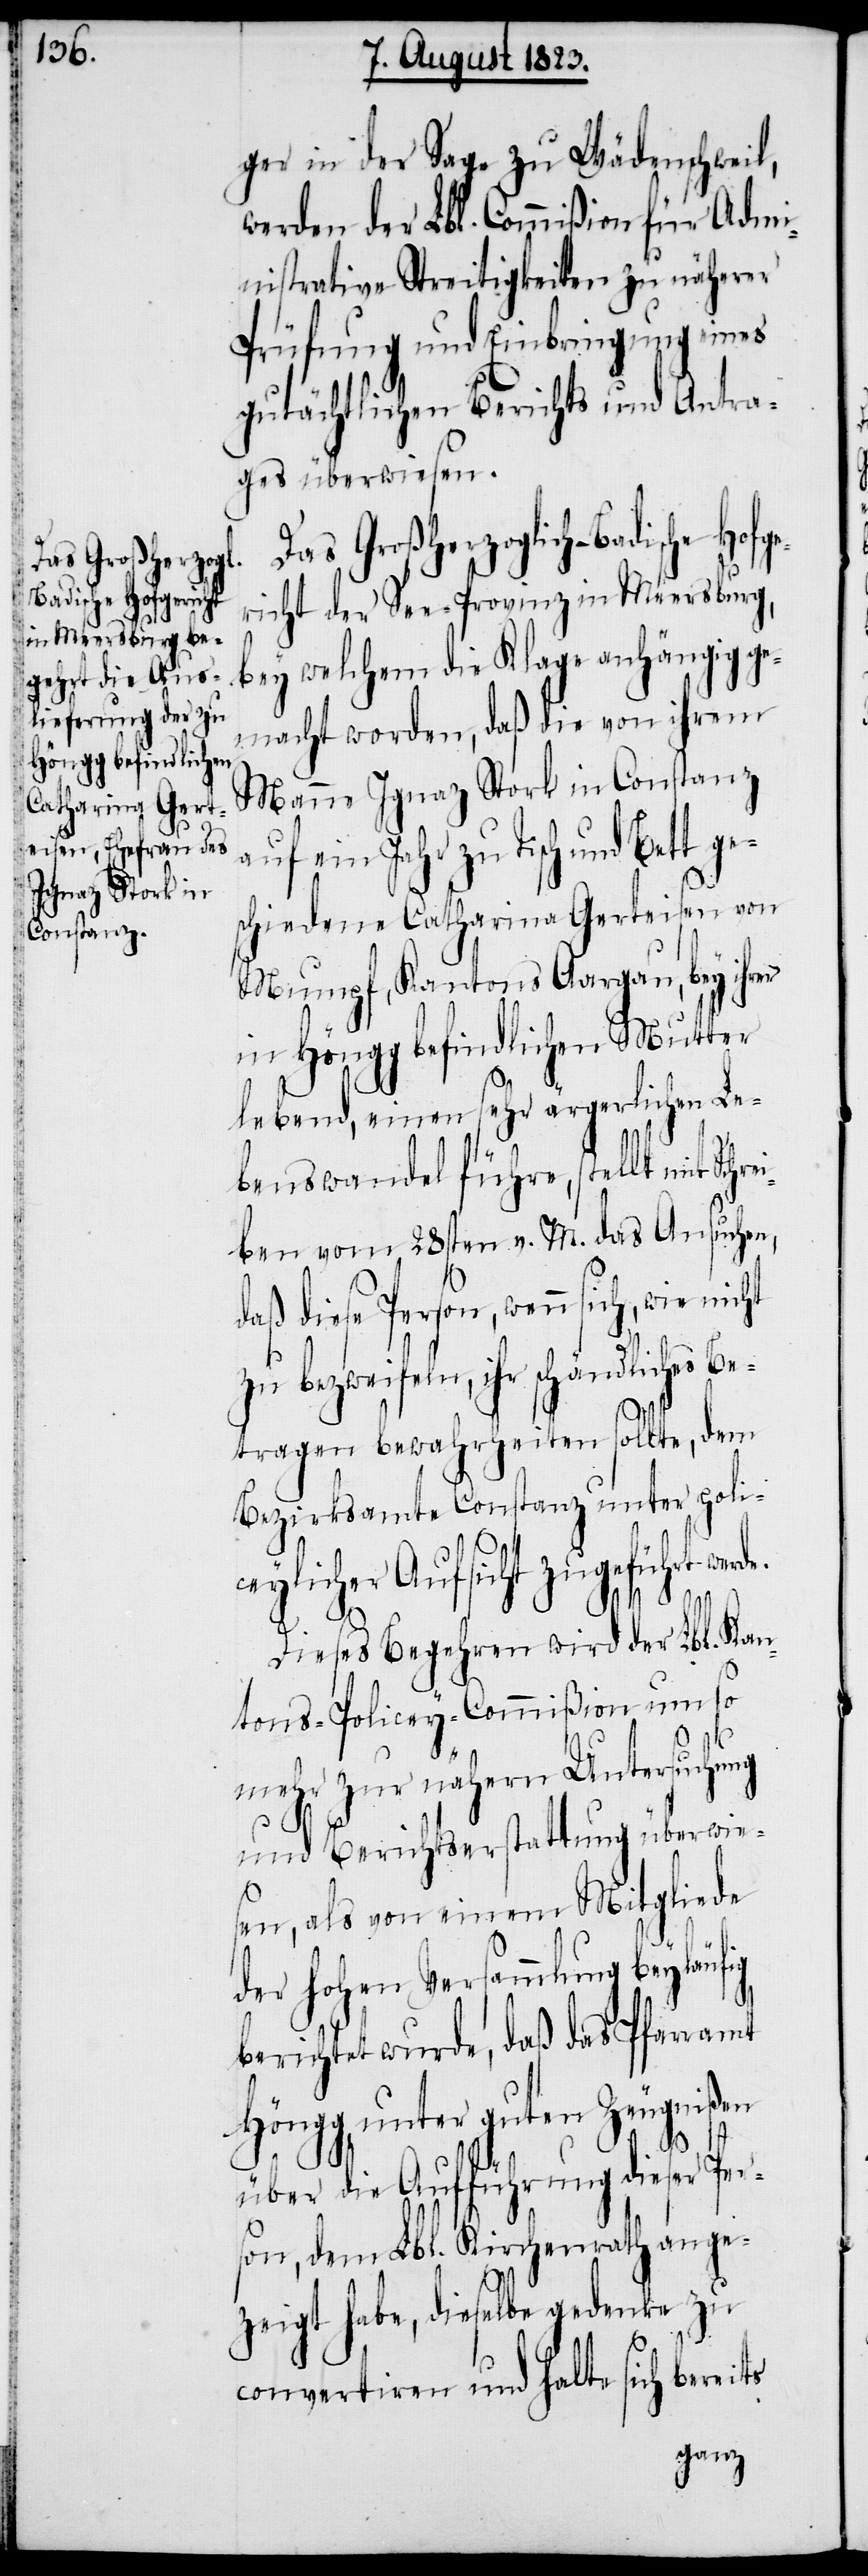
ger in der Sage zu Wädenschweil,
werden der Lbl. Commißion für Admi¬
nistrative Streitigkeiten zu näherer
Prüfung und Einbringung eines
gutächtlichen Berichts und Antra¬
ges überwiesen.
Das Großherzoglich-Badische Hofg¬
ericht der See-Provinz in Meersburg,
bey welchem die Klage anhängig ge¬
macht worden, daß die von ihrem
Manne Ignaz Stork in Constanz
auf ein Jahr zu Tisch und Be¬
chiedene Catharina Gerteisen von
Mumpf, Kantons Aargau, bey ihrer
in Höngg befindlichen Mutter
lebend, einen sehr ärgerlichen Le¬
benswandel führe, stellt mit Schr¬
eiben vom 28sten v. M. das Ansuchen,
daß diese Person, wenn sich, wie nicht
bezweifeln, ihr schändliches B¬
etragen bewahrheiten sollte, dem
Bezirksamte Constanz unter poli¬
ceylicher Aufsicht zugeführt werde.
Dieses Begehren wird der Lbl. Kan¬
tons-Policey-Commißion um so
mehr zur nähern Untersuchung
und Berichtserstattung überwies¬
en, als von einem Mitgliede
der hohen Versammlung beyläufig
berichtet wurde, daß das Pfarramt
Höngg, unter guten Zeugnißen
über die Aufführung dieser Per¬
son, dem Lbl. Kirchenrath ange¬
zeigt habe, dieselbe gedenke zu
ges¬
convertiren und halte sich bereits